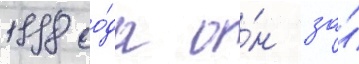
1998 го́да о́н за́